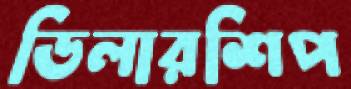
ডিলারশিপ